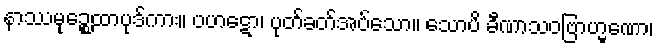
နာဿမုဉ္စေထာပုဒ်ကား။ ပဟဋော၊ ပုတ်ခတ်အပ်သော။ သောပိ ခီဏာသဝဗြာဟ္မဏော၊